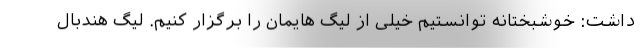
داشت: خوشبختانه توانستیم خیلی از لیگ هایمان را برگزار کنیم. لیگ هندبال